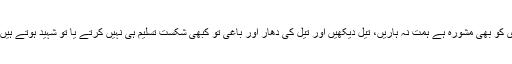
میرا ہیلری کو بھی مشورہ ہے ہمت نہ ہاریں، تیل دیکھیں اور تیل کی دھار اور باغی تو کبھی شکست تسلیم ہی نہیں کرتے یا تو شہید ہوتے ہیں یا غازی۔